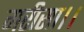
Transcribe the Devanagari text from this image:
गरीसा।।